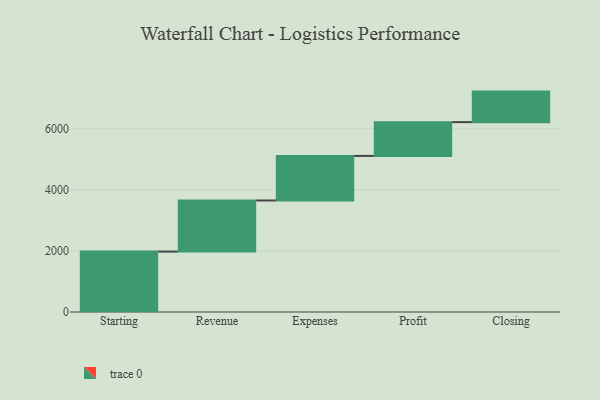
{"axis": {"x": "Step", "y": "Value"}, "legend": [""], "data": [{"x": "Starting", "y": 1978.0, "type": ""}, {"x": "Revenue", "y": 1673.0, "type": ""}, {"x": "Expenses", "y": 1459.0, "type": ""}, {"x": "Profit", "y": 1106.0, "type": ""}, {"x": "Closing", "y": 1000, "type": ""}]}